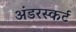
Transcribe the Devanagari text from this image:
अंडरस्कर्ट